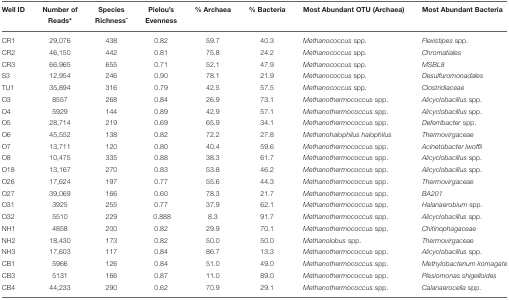
<table><thead><tr><td><b>Well ID</b></td><td><b>Number of Reads<sup>*</sup></b></td><td><b>Species Richness<sup>^</sup></b></td><td><b>Pielou&#x27;s Evenness</b></td><td><b>% Archaea</b></td><td><b>% Bacteria</b></td><td><b>Most Abundant OTU (Archaea)</b></td><td><b>Most Abundant Bacteria</b></td></tr></thead><tbody><tr><td>CR1</td><td>29,076</td><td>438</td><td>0.82</td><td>59.7</td><td>40.3</td><td><i>Methanococcus</i> spp.</td><td><i>Flexistipes</i> spp.</td></tr><tr><td>CR2</td><td>46,150</td><td>442</td><td>0.81</td><td>75.8</td><td>24.2</td><td><i>Methanococcus</i> spp.</td><td><i>Chromatiales</i></td></tr><tr><td>CR3</td><td>66,965</td><td>655</td><td>0.71</td><td>52.1</td><td>47.9</td><td><i>Methanococcus</i> spp.</td><td><i>MSBL8</i></td></tr><tr><td>S3</td><td>12,954</td><td>246</td><td>0.90</td><td>78.1</td><td>21.9</td><td><i>Methanococcus</i> spp.</td><td><i>Desulfuromonadales</i></td></tr><tr><td>TU1</td><td>35,894</td><td>316</td><td>0.79</td><td>42.5</td><td>57.5</td><td><i>Methanococcus</i> spp.</td><td><i>Clostridiaceae</i></td></tr><tr><td>O3</td><td>8557</td><td>268</td><td>0.84</td><td>26.9</td><td>73.1</td><td><i>Methanothermococcus</i> spp.</td><td><i>Alicyclobacillus</i> spp.</td></tr><tr><td>O4</td><td>5929</td><td>144</td><td>0.89</td><td>42.9</td><td>57.1</td><td><i>Methanothermococcus</i> spp.</td><td><i>Alicyclobacillus</i> spp.</td></tr><tr><td>O5</td><td>28,714</td><td>219</td><td>0.69</td><td>65.9</td><td>34.1</td><td><i>Methanothermococcus</i> spp.</td><td><i>Deferribacter</i> spp.</td></tr><tr><td>O6</td><td>45,552</td><td>138</td><td>0.82</td><td>72.2</td><td>27.8</td><td><i>Methanohalophilus halophilus</i></td><td><i>Thermovirgaceae</i></td></tr><tr><td>O7</td><td>13,711</td><td>120</td><td>0.80</td><td>40.4</td><td>59.6</td><td><i>Methanothermococcus</i> spp.</td><td><i>Acinetobacter lwoffii</i></td></tr><tr><td>O8</td><td>10,475</td><td>335</td><td>0.88</td><td>38.3</td><td>61.7</td><td><i>Methanothermococcus</i> spp.</td><td><i>Alicyclobacillus</i> spp.</td></tr><tr><td>O18</td><td>13,167</td><td>270</td><td>0.83</td><td>53.8</td><td>46.2</td><td><i>Methanothermococcus</i> spp.</td><td><i>Alicyclobacillus</i> spp.</td></tr><tr><td>O26</td><td>17,624</td><td>197</td><td>0.77</td><td>55.6</td><td>44.3</td><td><i>Methanothermococcus</i> spp.</td><td><i>Thermovirgaceae</i></td></tr><tr><td>O27</td><td>39,069</td><td>166</td><td>0.60</td><td>78.3</td><td>21.7</td><td><i>Methanothermococcus</i> spp.</td><td><i>BA201</i></td></tr><tr><td>O31</td><td>3925</td><td>255</td><td>0.77</td><td>37.9</td><td>62.1</td><td><i>Methanothermococcus</i> spp.</td><td><i>Halanaerobium</i> spp.</td></tr><tr><td>O32</td><td>5510</td><td>229</td><td>0.888</td><td>8.3</td><td>91.7</td><td><i>Methanothermococcus</i> spp.</td><td><i>Alicyclobacillus</i> spp.</td></tr><tr><td>NH1</td><td>4858</td><td>200</td><td>0.82</td><td>29.9</td><td>70.1</td><td><i>Methanothermococcus</i> spp.</td><td><i>Chitinophagaceae</i></td></tr><tr><td>NH2</td><td>18,430</td><td>173</td><td>0.82</td><td>50.0</td><td>50.0</td><td><i>Methanolobus</i> spp.</td><td><i>Thermovirgaceae</i></td></tr><tr><td>NH3</td><td>17,603</td><td>117</td><td>0.84</td><td>86.7</td><td>13.3</td><td><i>Methanothermococcus</i> spp.</td><td><i>Alicyclobacillus</i> spp.</td></tr><tr><td>CB1</td><td>5966</td><td>126</td><td>0.84</td><td>51.0</td><td>49.0</td><td><i>Methanothermococcus</i> spp.</td><td><i>Methylobacterium komagate</i></td></tr><tr><td>CB3</td><td>5131</td><td>166</td><td>0.87</td><td>11.0</td><td>89.0</td><td><i>Methanothermococcus</i> spp.</td><td><i>Plesiomonas shigelloides</i></td></tr><tr><td>CB4</td><td>44,233</td><td>290</td><td>0.62</td><td>70.9</td><td>29.1</td><td><i>Methanothermococcus</i> spp.</td><td><i>Calanaerocella</i> spp.</td></tr></tbody></table>